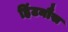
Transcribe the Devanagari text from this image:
हिंटनौस